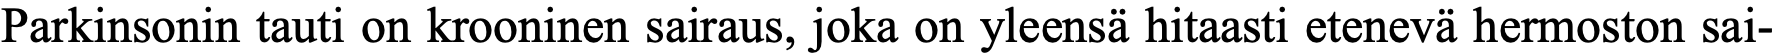
Parkinsonin tauti on krooninen sairaus, joka on yleensä hitaasti etenevä hermoston sai-